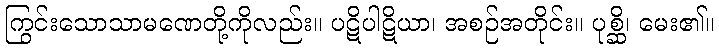
ကြွင်းသောသာမဏေတို့ကိုလည်း။ ပဋိပါဋိယာ၊ အစဉ်အတိုင်း။ ပုစ္ဆိ၊ မေး၏။